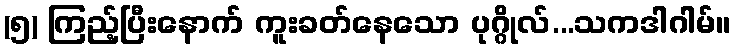
(၅) ကြည့်ပြီးနောက် ကူးခတ်နေသော ပုဂ္ဂိုလ်...သကဒါဂါမ်။